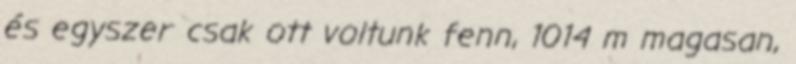
és egyszer csak ott voltunk fenn, 1014 m magasan,